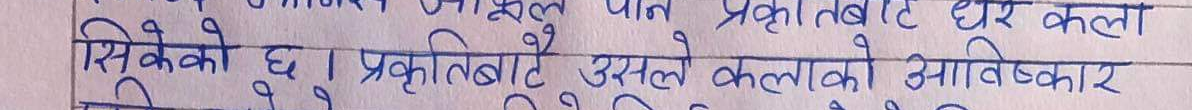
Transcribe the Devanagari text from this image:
सिकेको छ । प्रकृतिबाटै उसले कलाको आविष्कार